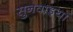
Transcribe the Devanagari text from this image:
सुनवाइयां